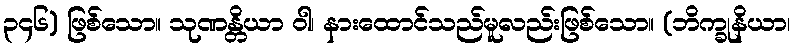
၃၄၆) ဖြစ်သော။ သုဏန္တိယာ ဝါ၊ နားထောင်သည်မူလည်းဖြစ်သော။ (ဘိက္ခုနိယာ၊